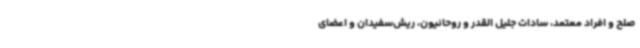
صلح و افراد معتمد، سادات جلیل القدر و روحانیون، ریش‌سفیدان و اعضای